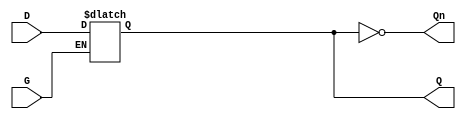
module gated_latch (
    input wire D,       // Data input
    input wire G,       // Enable signal
    output reg Q,       // Output
    output wire Qn      // Complement of the output
);

    assign Qn = ~Q;     // Assign complement of the output Q

    always @(*) begin
        if (G)          // If the enable signal G is high
            Q = D;     // Output Q follows the input D
        // When G is low, Q retains its value
    end

endmodule